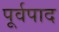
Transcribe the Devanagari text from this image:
पूर्वपाद